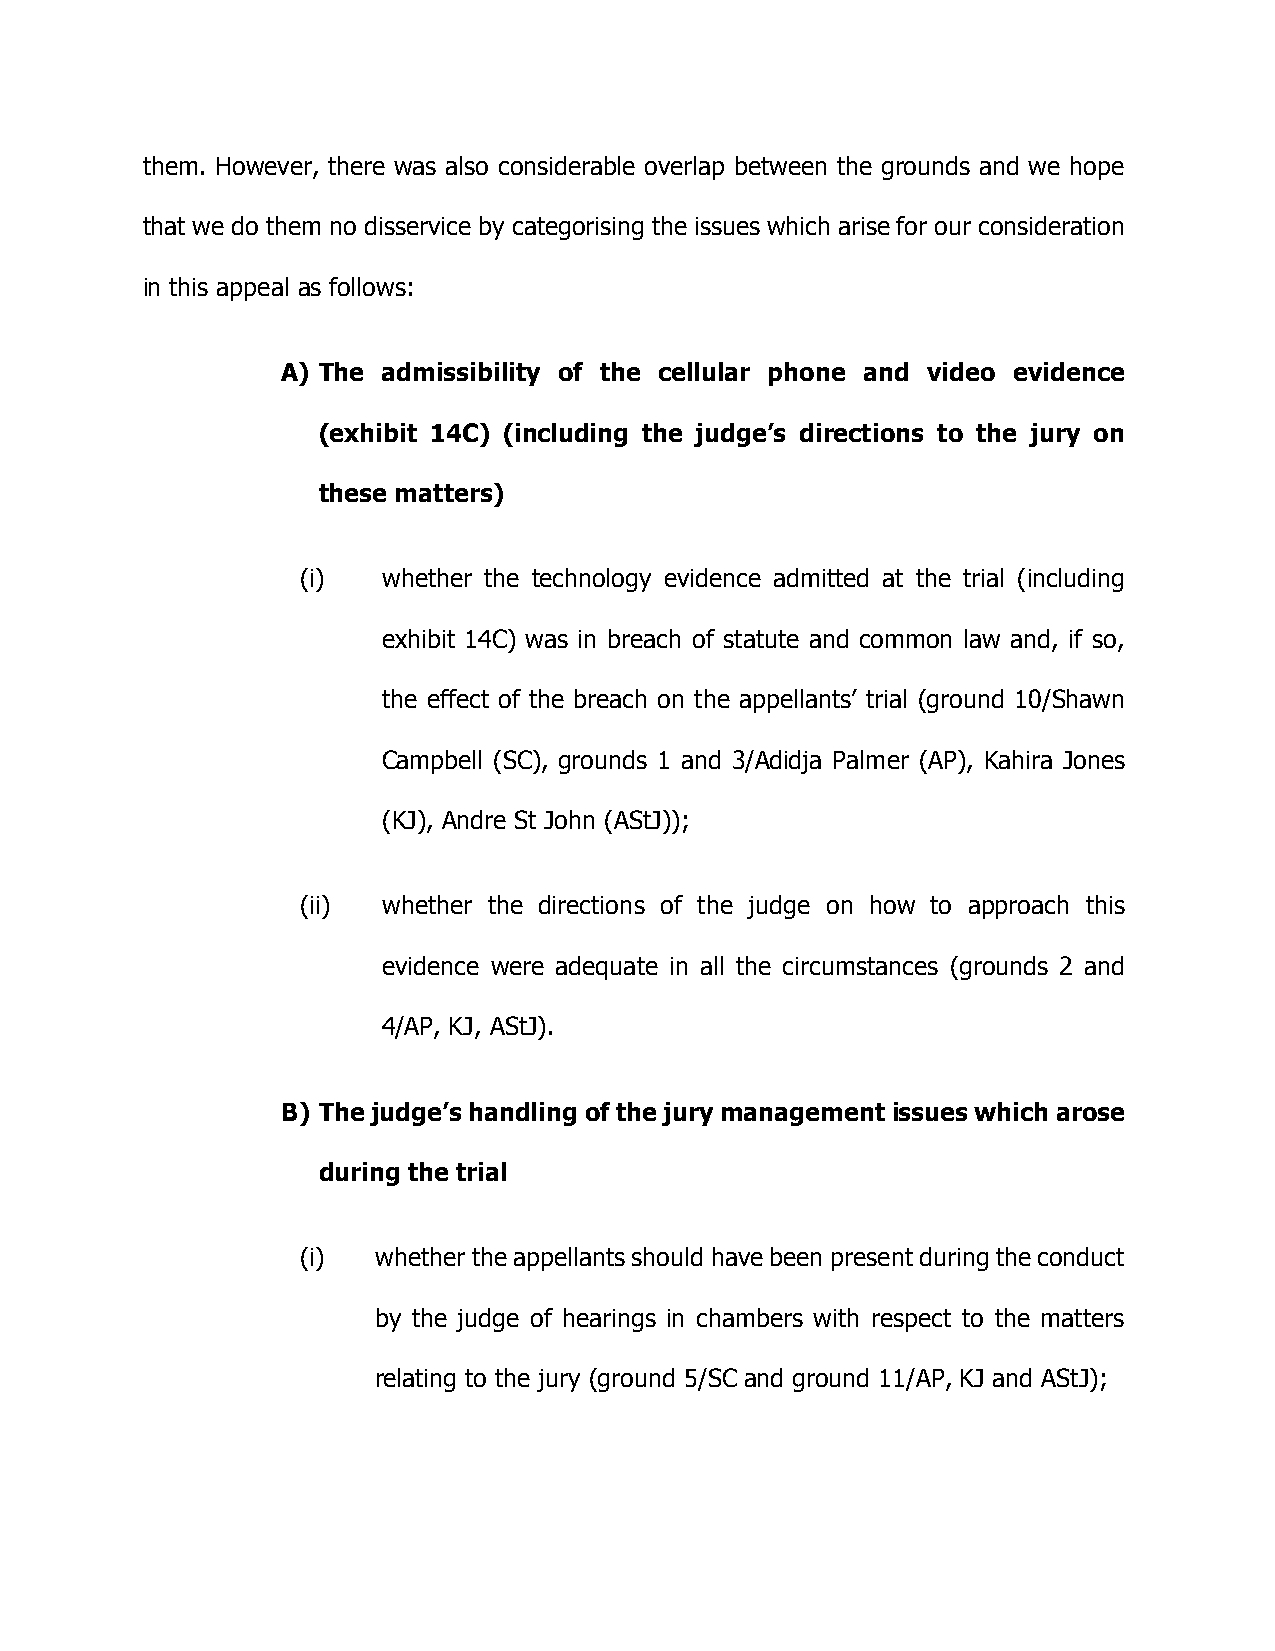
them. However, there was also considerable overlap between the grounds and we hope
 that we do them no disservice by categorising the issues which arise for our consideration
 in this appeal as follows:
 A) The admissibility of the cellular phone and video evidence
 (exhibit 14C) (including the judge’s directions to the jury on
 these matters)
 (i)  whether the technology evidence admitted at the trial (including
 exhibit 14C) was in breach of statute and common law and, if so,
 the effect of the breach on the appellants’ trial (ground 10/Shawn
 Campbell (SC), grounds 1 and 3/Adidja Palmer (AP), Kahira Jones
 (KJ), Andre St John (AStJ));
 (ii) whether the directions of the judge on how to approach this
 evidence were adequate in all the circumstances (grounds 2 and
 4/AP, KJ, AStJ).
 B) The judge’s handling of the jury management issues which arose
 during the trial
 (i)  whether the appellants should have been present during the conduct
 by the judge of hearings in chambers with respect to the matters
 relating to the jury (ground 5/SC and ground 11/AP, KJ and AStJ);